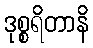
ဒုစ္စရိတာနိ